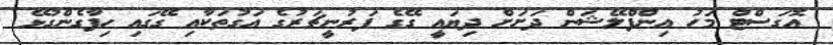
އޮގަސްޓް މަހު އިންފްލޭޝަން ދަށަށް ދިޔައީ ގޭގެ ފަރުނީޗަރުގެ އަގުތަކާއި ގޭގައި ހިފާގެންގުޅޭ